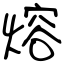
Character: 熔